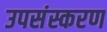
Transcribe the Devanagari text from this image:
उपसंस्करण